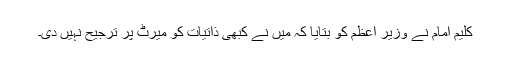
کلیم امام نے وزیر اعظم کو بتایا کہ میں نے کبھی ذاتیات کو میرٹ پر ترجیح نہیں دی۔